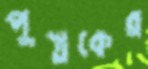
পুস্তকের